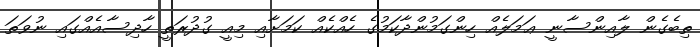
ތިބެގެން ލާއިންސާނީ ޢަމަލެއް ހިންގަމުންދާކަމުގެ ހެއްކެއް ކަމަށާއި މިއީ ގުދުރަތީ ހާދިސާއެއްގައި ނުވަތަ